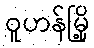
ဝူဟန်မြို့